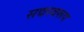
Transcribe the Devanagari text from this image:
सद्यस्वरूप